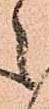
之